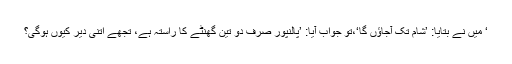
‘ میں نے بتایا: ’شام تک آجاﺅں گا‘،تو جواب آیا: ’پالنپور صرف دو تین گھنٹے کا راستہ ہے، تجھے اتنی دیر کیوں ہوگی؟